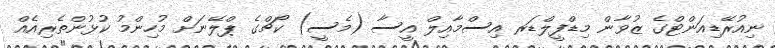
ނިއުރޭޑިއަންޓްގެ ޒުވާން މިޑްފީލްޑަރ އިސްމާއިލް އީސާ (މެސީ) ކޯޗްގެ ޕްލޭނަށް މުހިންމު ކުޅުންތެރިއެއް